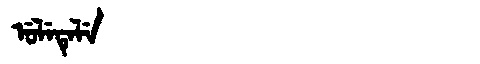
Manchu: ᡠᠯᡝᡨᡝᠯᡝ
Romanization: ULETELE